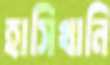
হাসিখানি